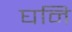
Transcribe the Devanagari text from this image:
घनि